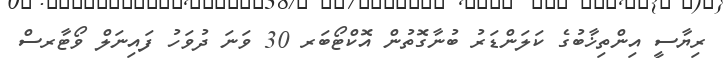
ރިޔާސީ އިންތިޚާބުގެ ކަލަންޑަރު ބުނާގޮތުން އޮކްޓޯބަރ 30 ވަނަ ދުވަހު ފައިނަލް ވޯޓާރސް